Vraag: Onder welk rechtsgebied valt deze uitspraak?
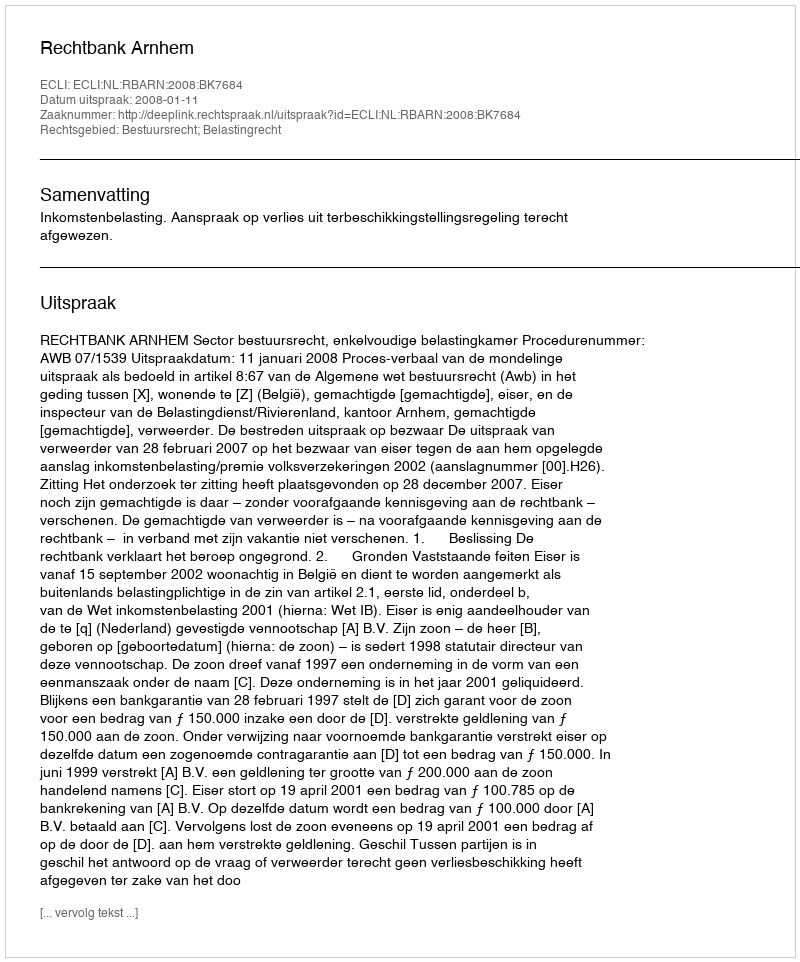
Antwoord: Bestuursrecht; Belastingrecht